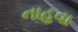
નાહવા